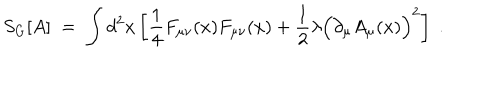
S _ { G } [ A ] \; = \; \int d ^ { 2 } x \left[ \frac { 1 } { 4 } F _ { \mu \nu } ( x ) F _ { \mu \nu } ( x ) + \frac { 1 } { 2 } \lambda \Big ( \partial _ { \mu } A _ { \mu } ( x ) \Big ) ^ { 2 } \right] \; .